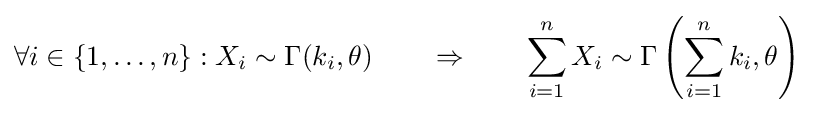
\forall i\in \{1,\ldots ,n\}:X_{i}\sim \Gamma (k_{i},\theta )\qquad \Rightarrow \qquad \sum _{i=1}^{n}X_{i}\sim \Gamma \left(\sum _{i=1}^{n}k_{i},\theta \right)